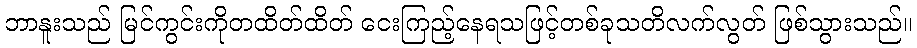
ဘာနူးသည် မြင်ကွင်းကိုတထိတ်ထိတ် ငေးကြည့်နေရသဖြင့်တစ်ခုသတိလက်လွတ် ဖြစ်သွားသည်။